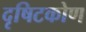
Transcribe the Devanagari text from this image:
दृषिटकोण